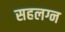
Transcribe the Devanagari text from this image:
सहलग्न